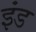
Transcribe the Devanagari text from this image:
इंड